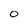
Character: O